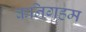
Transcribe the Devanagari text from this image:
कनिगहम